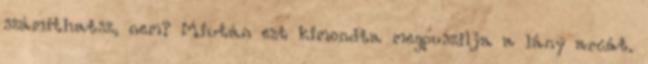
számíthatsz, nem? Miután ezt kimondta megpuszilja a lány arcát.